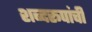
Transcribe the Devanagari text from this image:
शब्दरूपांची